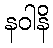
နဝါနိ